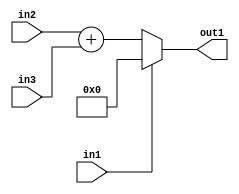
`timescale 1ps / 1ps
/*****************************************************************************
    Verilog RTL Description
    
    
    Created by: Stratus DpOpt 21.05.01 
*******************************************************************************/

module dut_entirecomputation_alt8_4 (
	in1,
	in2,
	in3,
	out1
	); /* architecture "behavioural" */ 
input  in1,
	in2;
input [6:0] in3;
output [7:0] out1;
wire [7:0] asc001,
	asc002;

assign asc002 = 
	+(in2)
	+(in3);

reg [7:0] asc001_tmp_0;
assign asc001 = asc001_tmp_0;
always @ (in1 or asc002) begin
	case (in1)
		1'B1 : asc001_tmp_0 = 8'B00000000 ;
		default : asc001_tmp_0 = asc002 ;
	endcase
end

assign out1 = asc001;
endmodule

/* CADENCE  uLn1Tg8= : u9/ySxbfrwZIxEzHVQQV8Q== ** DO NOT EDIT THIS LINE ******/